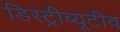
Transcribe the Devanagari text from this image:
डिस्ट्रीब्यूटीव